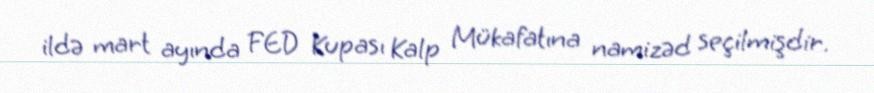
ildə mart ayında FED Kupası Kalp Mükafatına namizəd seçilmişdir.